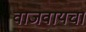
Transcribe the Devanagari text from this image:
वाजवायचा